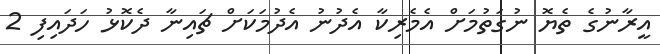
އީރާނުގެ ތެޔޮ ނުގަތުމަށް އެމެރިކާ އެދުނު އެދުމަކަށް ޗައިނާ ދެކޮޅު ހަދައިފި 2